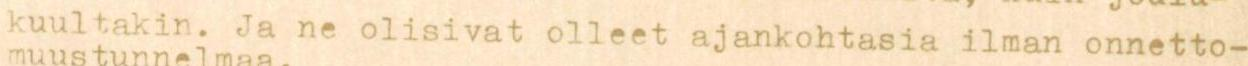
kuultakin. Ja ne olisivat olleet ajankohtasia ilman onnetto-